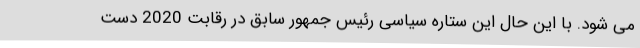
می شود. با این حال این ستاره سیاسی رئیس جمهور سابق در رقابت 2020 دست